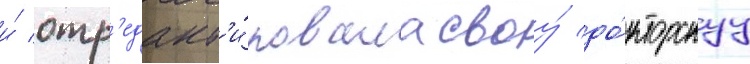
и́ отр'едакт'и́ровала своу́ до́кторскуу